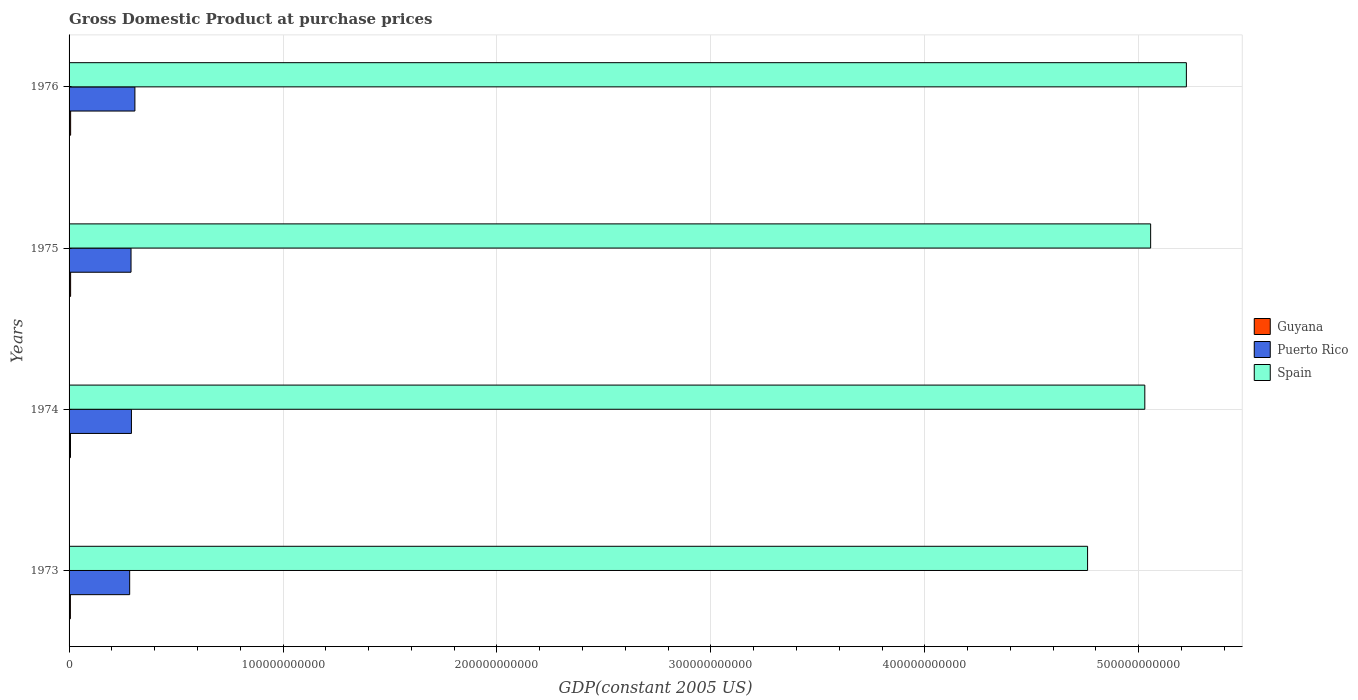
| Years | Guyana | Puerto Rico | Spain |
 | --- | --- | --- | --- |
 | 1973 | 6.15e+08 | 2.83e+10 | 4.76e+11 |
 | 1974 | 6.63e+08 | 2.92e+10 | 5.03e+11 |
 | 1975 | 7.19e+08 | 2.9e+10 | 5.06e+11 |
 | 1976 | 7.3e+08 | 3.08e+10 | 5.22e+11 |